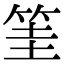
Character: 筀